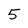
Character: 5